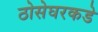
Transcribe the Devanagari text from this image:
ठोसेघरकडे